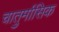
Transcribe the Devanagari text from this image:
चातुर्मासिक